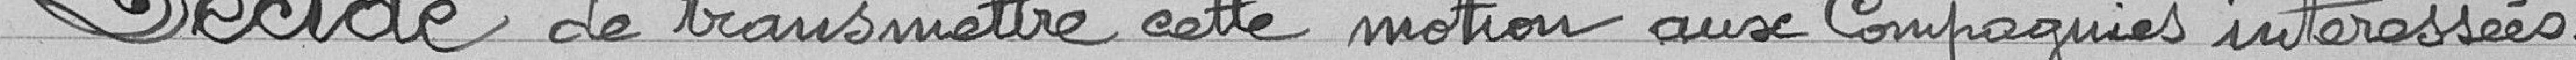
Décide de transmette cette motion aux Compagnies intéressées.